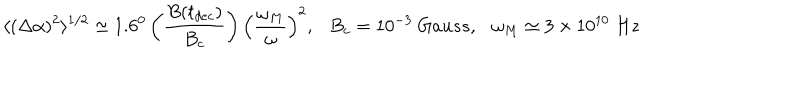
LaTeX: \langle ( \Delta \alpha ) ^ { 2 } \rangle ^ { 1 / 2 } \simeq 1 . 6 ^ { 0 } \left( \frac { B ( t _ { d e c } ) } { B _ { c } } \right) \left( \frac { \omega _ { M } } { \omega } \right) ^ { 2 } , B _ { c } = 1 0 ^ { - 3 } ~ G a u s s , \omega _ { M } \simeq 3 \times 1 0 ^ { 1 0 } ~ H z